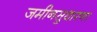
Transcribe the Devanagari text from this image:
जमीनसुधारणा